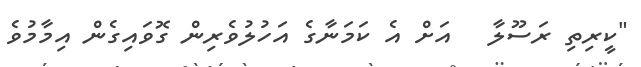
"ކީރިތި ރަސޫލާ   އަށް އެ ކަމަނާގެ އަހުލުވެރިން ގޮވައިގެން އިމާމުވެ